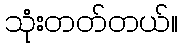
သုံးတတ်တယ်။